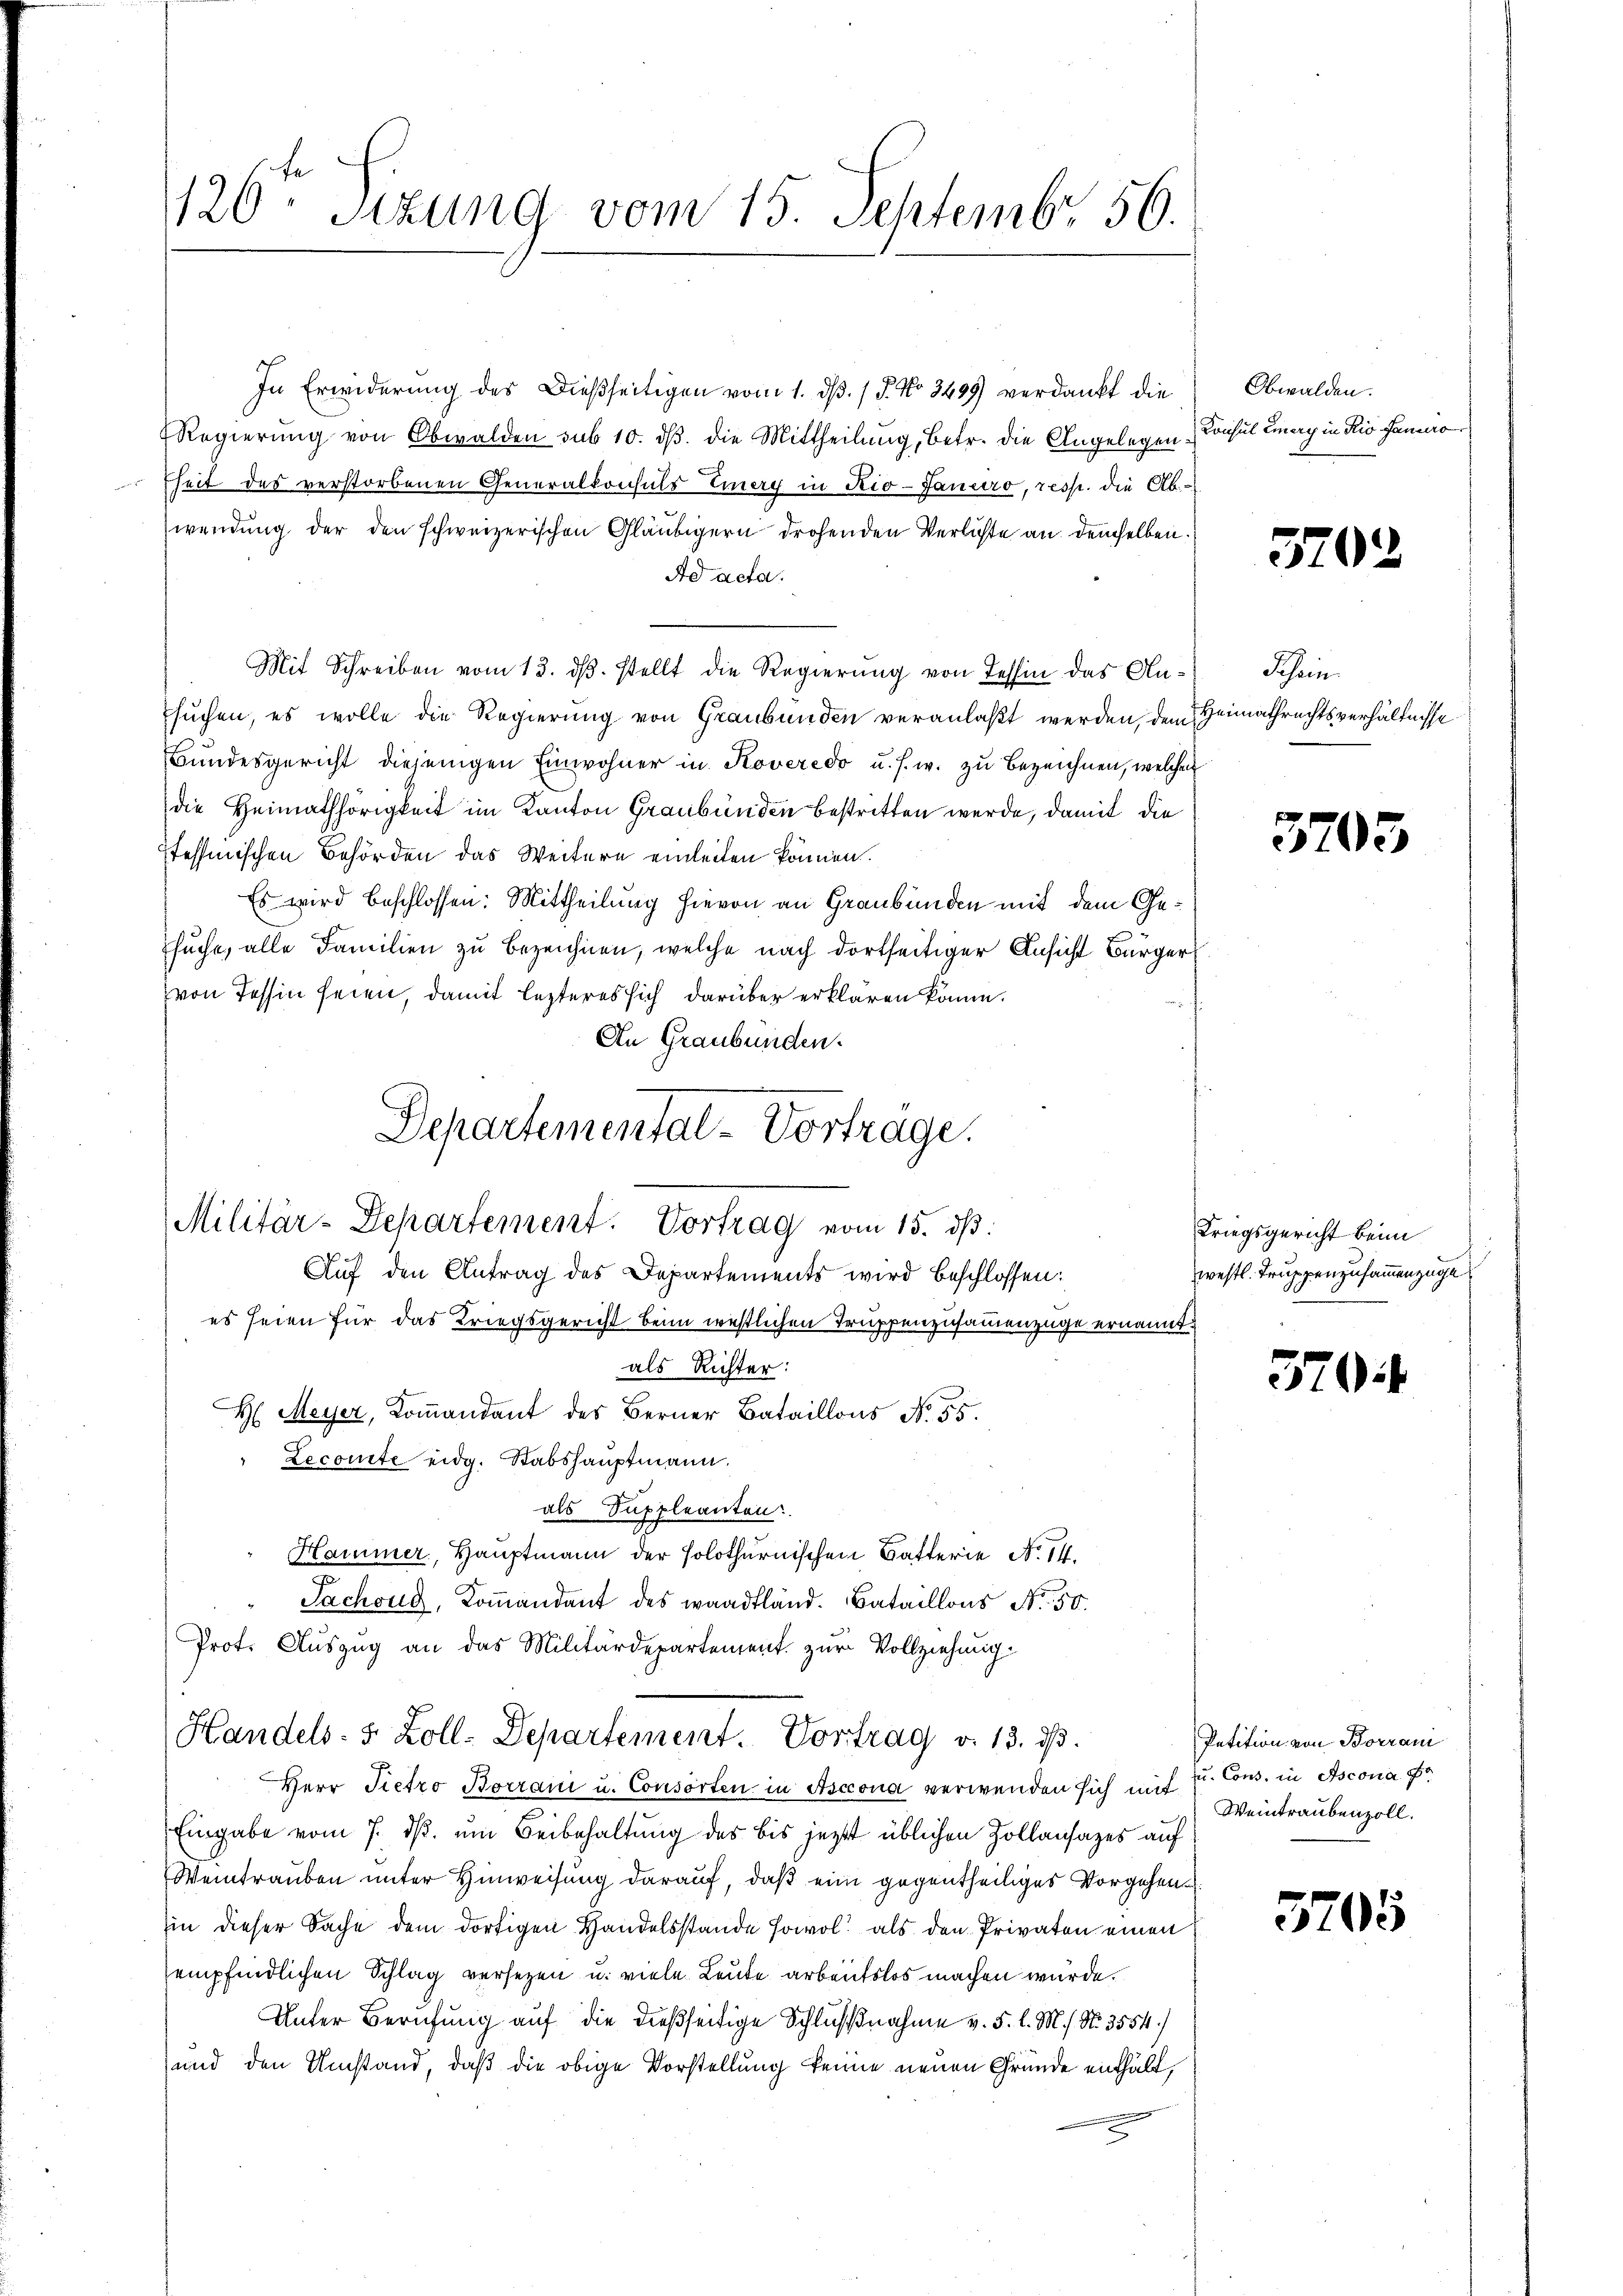
In Erwiderung des Dießseitigen vom 1. dß. / P. No 3499) verdankt die
Regierung von Obwalden sub 10. dβ. die Mittheilung, betr. die Angelegenheit des verstorbenen Generalkonsuls Einery in Rio-Januro, resp. die Ab-
wendung der den schweizerischen Gläubigern drohenden Verlichte an demselben.
Ad acta.
Mit Schreiben vom 13. ds. stellt die Regierung von Tessin das Ansuchen, es wolle die Regierung von Graubünden veranlaßt werden, dem Heimathrechtsverhältnisse
Bŭndesgericht diejenigen Einwohner in Koveredo u. s. w. zu bezeichnen, welchen
die Heimathörigkeit im Kanton Graubünden bestritten werde, damit die
Itehhmischen Behörden das Weitern einleiten können.
Es wird beschlossen: Mittheilung hievon an Graubünden mit dem Gesuche, alle Familien zu bezeichnen, welche nach dortseitiger Ansicht Bürger
von Tessin seien, damit lezteres sich darüber erklären könne.
An Graubünden.
Auf den Antrag des Departements wird beschlossen:
es seien für das Kriegsgericht beim westlichen Truppenzusammenzüge ernannt.
als Richter:
H Meyer, Koṁandant des Berner Bataillons No. 55.
Lecomite eidg. Stabshauptmann.
als Suppleanten:
Hammer, Hauptmann der solothurnischen Batterie No. 14.
Tachoud, Kommandant des waadtländ. Bataillons No. 50.
Prot. Auszug an das Militärdepartement. zur Vollziehung
Handels- & Zoll-Departement. Vortrag d. 13. ds.
Herr Pietro Borrani u. Consorten in Asccona verwenden sich mit
Eingabe vom 7. ds. um Beibehaltung des bis jetzt üblichen Zollansazes auf
Weintrauben unter Hinweisung darauf, daß eine gegentheiliges Vorgehen
in dieser Sache dem dortigen Handelsstande sowol als den Privaten einen
empfindlichen Schlag versetzen u. viele Leute arbeitslos machen würde.
Unter Berufung auf die dießseitige Schlußnahme v. 5. l. M. h. N. 3554.)
und den Umstand, daß die obige Vorstellung keine neuen Gründe enthält,

126ten Sizung vom 15. Septembr. 156.

Departemental-Vorträge.
Militär-Departement. Vortrag vom 15. ds.

Obwalden.
Konsul Emary in Rio Januro

5202

Schein

3793

Kriegsgericht beim
westl. Truppenzusammenzuge

370

Petition von Borrani
u. Cons. in Ascona Fr
Weintraubenzoll.

3705